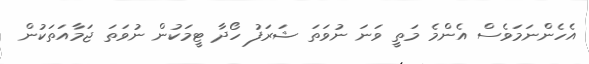
އެހެންނަމަވެސް އެންމެ މަތީ ވަނަ ނުވަތަ ޝަރަފު ހޯދާ ޓީމަކުން ނުވަތަ ޖަމާއަތަކުން